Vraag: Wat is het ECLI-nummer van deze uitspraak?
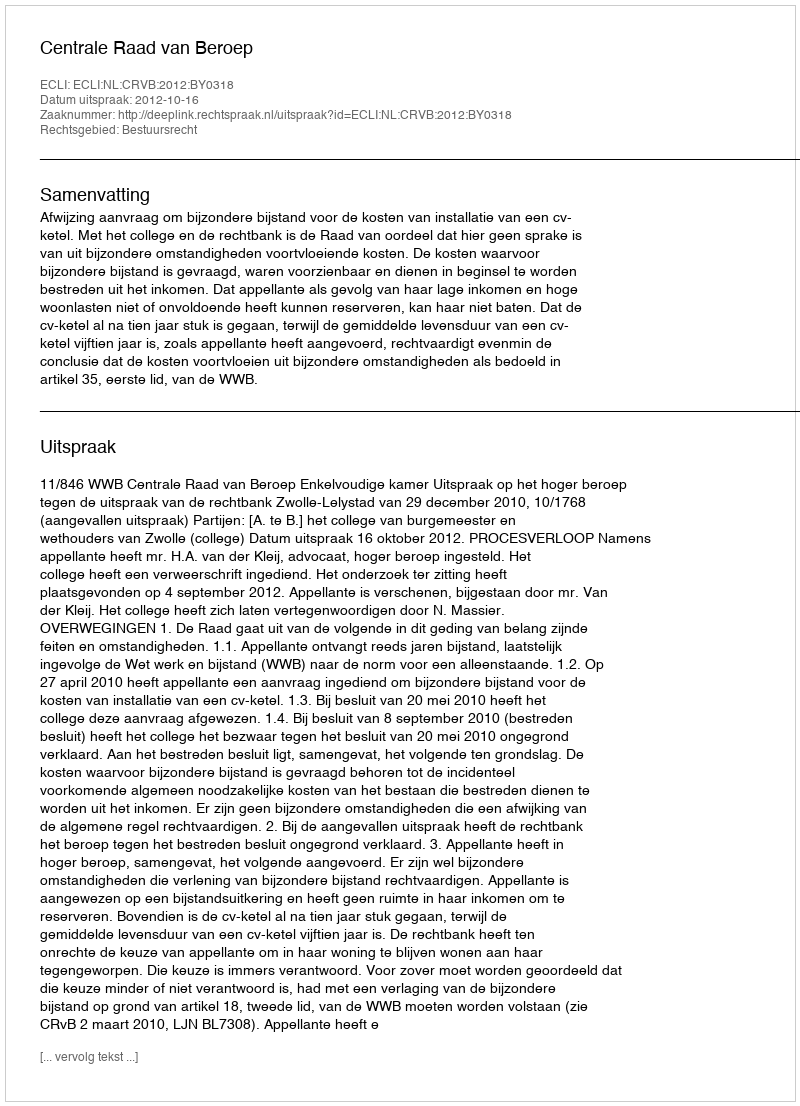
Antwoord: ECLI:NL:CRVB:2012:BY0318